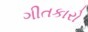
ગીતકારો